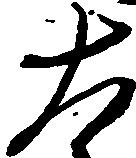
大